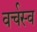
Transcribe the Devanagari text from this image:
वर्चस्‍व